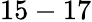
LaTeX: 15-17